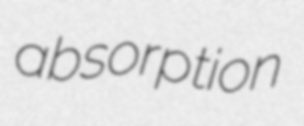
absorption